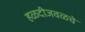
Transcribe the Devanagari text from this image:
हळदीजवळचे